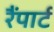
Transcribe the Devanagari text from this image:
रैंपार्ट